Report of the Bombay Veterinary College
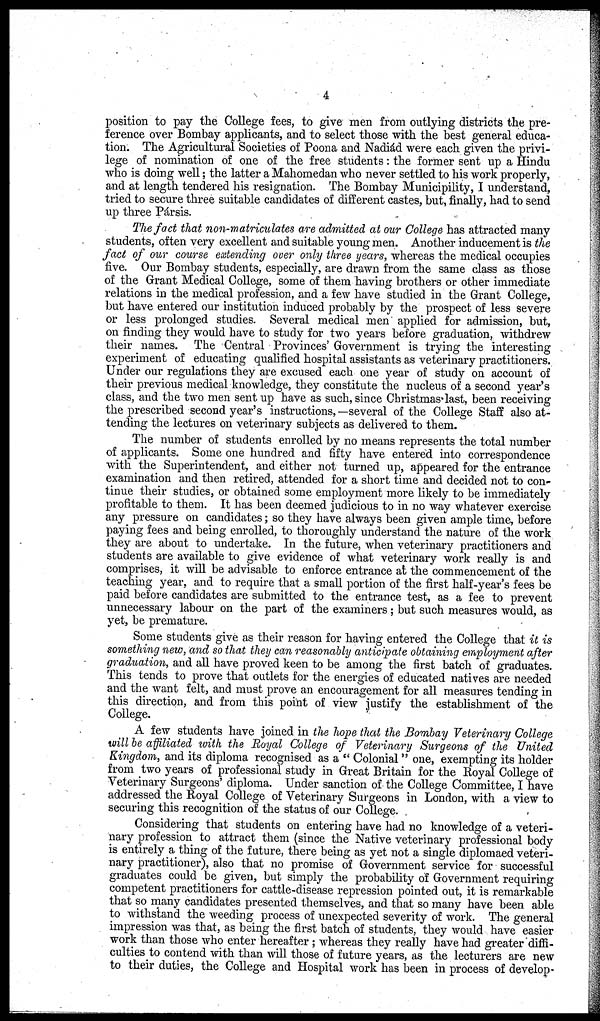
4
position to pay the College fees, to give men from outlying districts the pre-
ference over Bombay applicants, and to select those with the best general educa-
tion. The Agricultural Societies of Poona and Nadiád were each given the privi-
lege of nomination of one of the free students: the former sent up a Hindu
who is doing well; the latter a Mahomedan who never settled to his work properly,
and at length tendered his resignation. The Bombay Municipility, I understand,
tried to secure three suitable candidates of different castes, but, finally, had to send
up three Pársis.
The fact that non-matriculates are admitted at our College has attracted many
students, often very excellent and suitable young men. Another inducement is the
fact of our course extending over only three years, whereas the medical occupies
five. Our Bombay students, especially, are drawn from the same class as those
of the Grant Medical College, some of them having brothers or other immediate
relations in the medical profession, and a few have studied in the Grant College,
but have entered our institution induced probably by the prospect of less severe
or less prolonged studies. Several medical men applied for admission, but,
on finding they would have to study for two years before graduation, withdrew
their names. The Central Provinces' Government is trying the interesting
experiment of educating qualified hospital assistants as veterinary practitioners.
Under our regulations they are excused each one year of study on account of
their previous medical knowledge, they constitute the nucleus of a second year's
class, and the two men sent up have as such, since Christmas last, been receiving
the prescribed second year's instructions,—several of the College Staff also at-
tending the lectures on veterinary subjects as delivered to them.
The number of students enrolled by no means represents the total number
of applicants. Some one hundred and fifty have entered into correspondence
with the Superintendent, and either not turned up, appeared for the entrance
examination and then retired, attended for a short time and decided not to con-
tinue their studies, or obtained some employment more likely to be immediately
profitable to them. It has been deemed judicious to in no way whatever exercise
any pressure on candidates; so they have always been given ample time, before
paying fees and being enrolled, to thoroughly understand the nature of the work
they are about to undertake. In the future, when veterinary practitioners and
students are available to give evidence of what veterinary work really is and
comprises, it will be advisable to enforce entrance at the commencement of the
teaching year, and to require that a small portion of the first half-year's fees be
paid before candidates are submitted to the entrance test, as a fee to prevent
unnecessary labour on the part of the examiners; but such measures would, as
yet, be premature.
Some students give as their reason for having entered the College that it is
something new, and so that they can reasonably anticipate obtaining employment after
graduation, and all have proved keen to be among the first batch of graduates.
This tends to prove that outlets for the energies of educated natives are needed
and the want felt, and must prove an encouragement for all measures tending in
this direction, and from this point of view justify the establishment of the
College.
A few students have joined in the hope that the Bombay Veterinary College
will be affiliated with the Royal College of Veterinary Surgeons of the United
Kingdom, and its diploma recognised as a " Colonial" one, exempting its holder
from two years of professional study in Great Britain for the Royal College of
Veterinary Surgeons' diploma. Under sanction of the College Committee, I have
addressed the Royal College of Veterinary Surgeons in London, with a view to
securing this recognition of the status of our College.
Considering that students on entering have had no knowledge of a veteri-
nary profession to attract them (since the Native veterinary professional body
is entirely a thing of the future, there being as yet not a single diplomaed veteri-
nary practitioner), also that no promise of Government service for successful
graduates could be given, but simply the probability of Government requiring
competent practitioners for cattle-disease repression pointed out, it is remarkable
that so many candidates presented themselves, and that so many have been able
to withstand the weeding process of unexpected severity of work. The general
impression was that, as being the first batch of students, they would have easier
work than those who enter hereafter; whereas they really have had greater diffi-
culties to contend with than will those of future years, as the lecturers are new
to their duties, the College and Hospital work has been in process of develop-